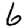
Digit: 6